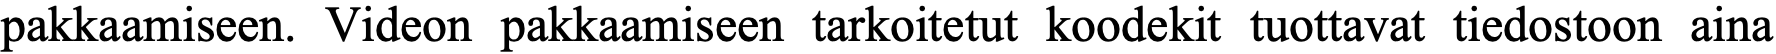
pakkaamiseen. Videon pakkaamiseen tarkoitetut koodekit tuottavat tiedostoon aina